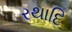
રથાદિ